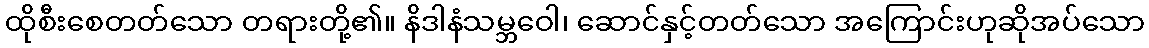
ထိုစီးစေတတ်သော တရားတို့၏။ နိဒါနံသမ္ဘဝေါ၊ ဆောင်နှင့်တတ်သော အကြောင်းဟုဆိုအပ်သော